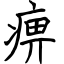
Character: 痹